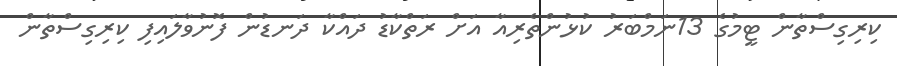
ކިރިގިސްތާން ޓީމުގެ 13ނަމްބަރު ކުޅުންތެރިއާ އަށް ރަތްކާޑު ދައްކާ ދަނޑުން ފޮނުވާލައިފި ކިރިގިސްތާން